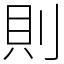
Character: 則